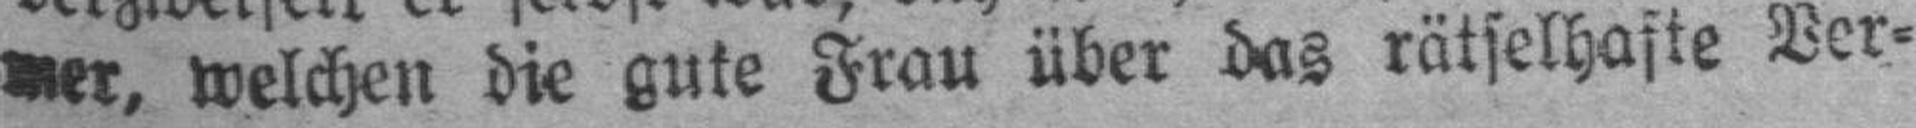
mer, welchen die gute Frau über das rätselhafte Ver¬